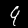
Digit: 9